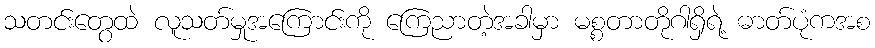
သတင်းတွေထဲ လူသတ်မှုအကြောင်းကို ကြေညာတဲ့အခါမှာ မစ္စတာတိုဂါရှိရဲ့ ဓာတ်ပုံကအစ